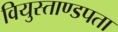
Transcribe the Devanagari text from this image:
वियुस्ताण्डपता